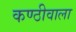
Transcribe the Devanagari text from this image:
कण्ठीवाला